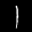
Label: 1